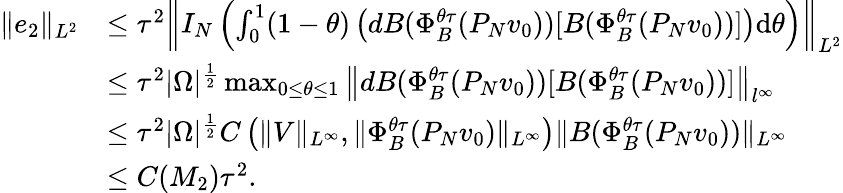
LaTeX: \begin{array}{rl}{\| e_{2}\| _{L^{2}}}&{\leq\tau^{2}\left\| I_{N}\left(\int_{0}^{1}(1-\theta)\left(dB(\Phi_{B}^{\theta\tau}(P_{N}v_{0}))[B(\Phi_{B}^{\theta\tau}(P_{N}v_{0}))]\right)\mathrm{d}\theta\right)\right\| _{L^{2}}}\\ &{\leq\tau^{2}|\Omega|^{\frac{1}{2}}\operatorname*{max}_{0\leq\theta\leq 1}\left\| dB(\Phi_{B}^{\theta\tau}(P_{N}v_{0}))[B(\Phi_{B}^{\theta\tau}(P_{N}v_{0}))]\right\| _{l^{\infty}}}\\ &{\leq\tau^{2}|\Omega|^{\frac{1}{2}}C\left(\| V\| _{L^{\infty}},\| \Phi_{B}^{\theta\tau}(P_{N}v_{0})\| _{L^{\infty}}\right)\| B(\Phi_{B}^{\theta\tau}(P_{N}v_{0}))\| _{L^{\infty}}}\\ &{\leq C(M_{2})\tau^{2}.}\end{array}